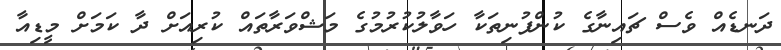
ދަނޑެއް ވެސް ޗައިނާގެ ކުންފުނިތަކާ ހަވާލުކުރުމުގެ މަޝްވަރާތައް ކުރިއަށް ދާ ކަމަށް މީޑިއާ